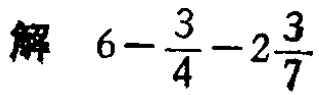
解 \(6 - \frac{3}{4} - 2\frac{3}{7}\)